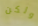
ولكن